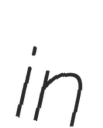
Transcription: in